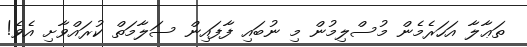
ތަޢާލާ އަހަރެމެން މުސްލިމުން މި ނުބައި ފާފައިން ސަލާމަތް ކުރައްވާށި އެވެ!